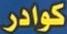
كوادر